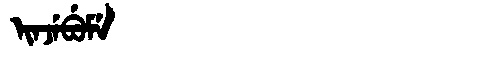
Manchu: ᡳᠨᠵᡝᠪᡠᠮᡝ
Romanization: INJEBUME